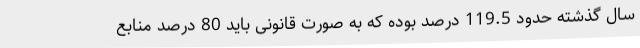
سال گذشته حدود 119.5 درصد بوده که به صورت قانونی باید 80 درصد منابع